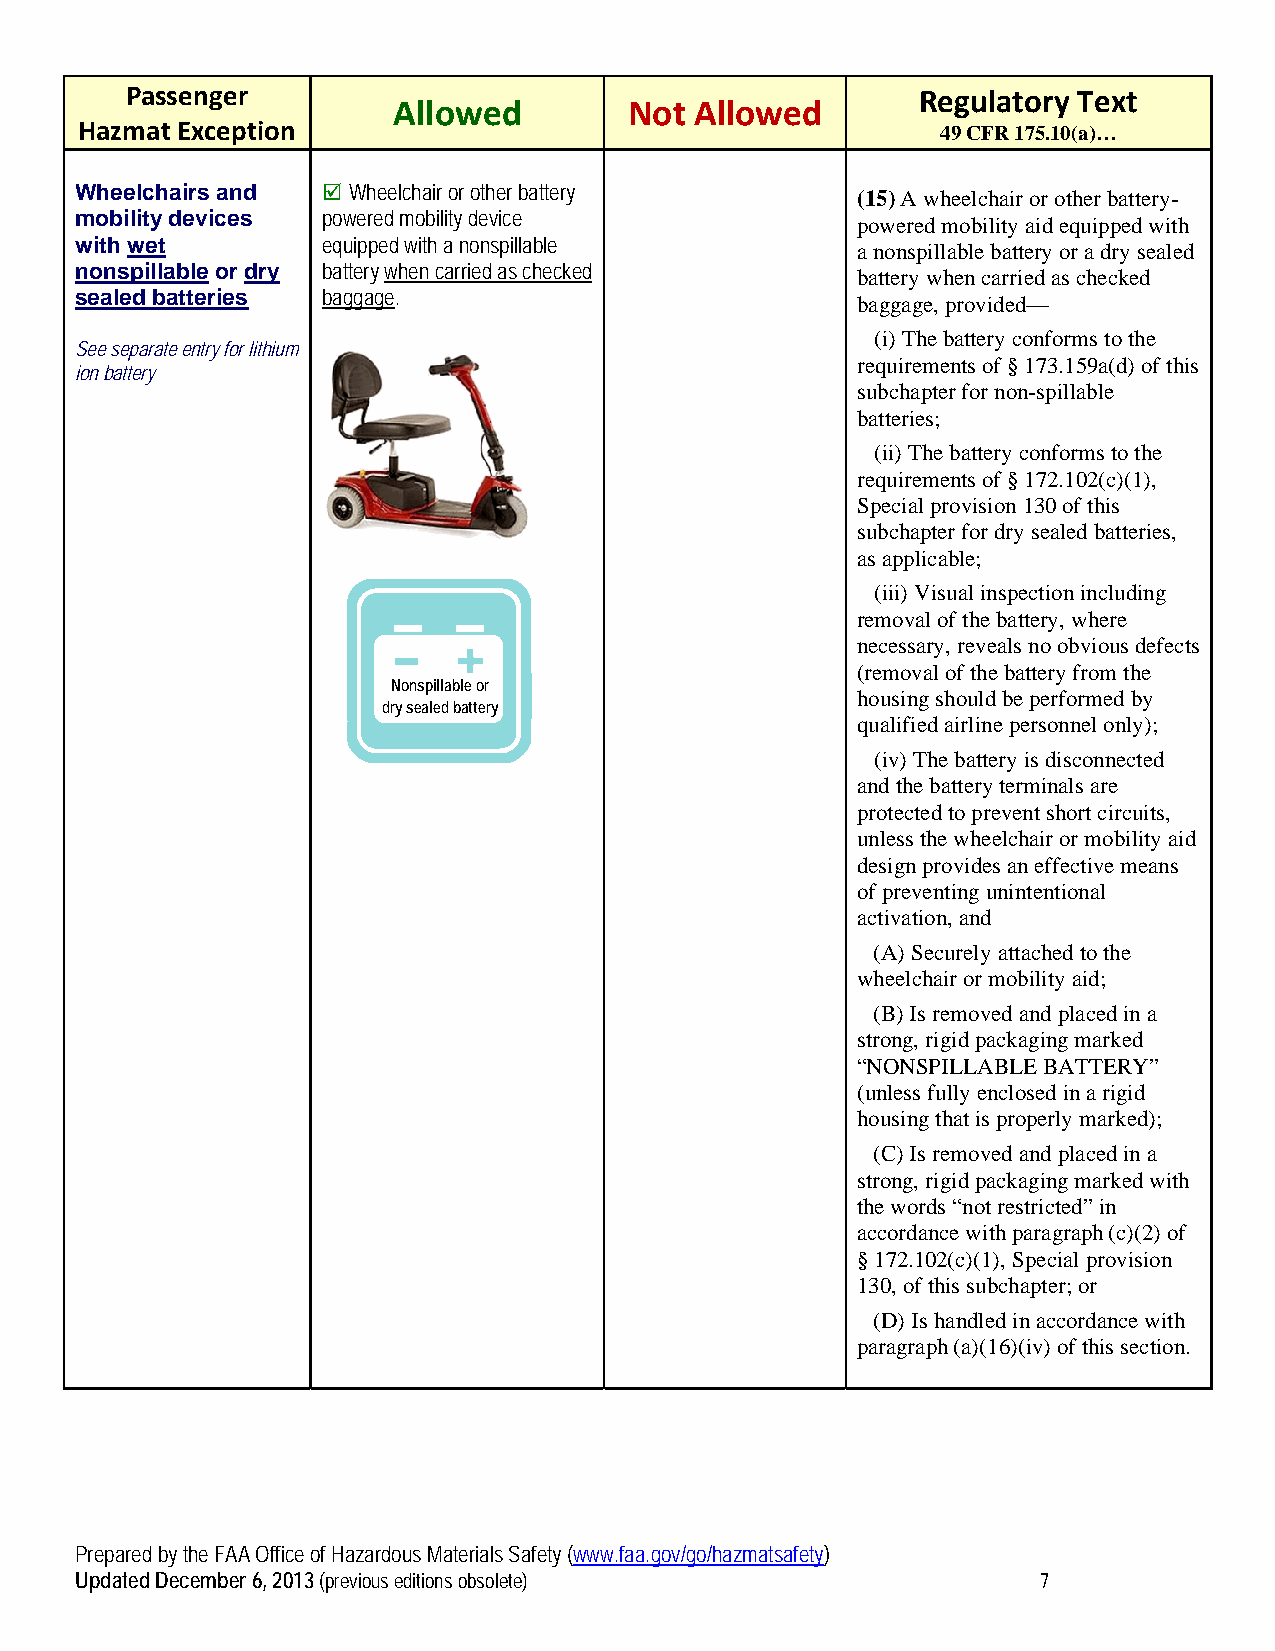
Passenger                                            Regulatory Text
 Allowed         Not Allowed
 Hazmat Exception                                         49 CFR 175.10(a)…
 Wheelchairs and  Wheelchair or other battery
 (15) A wheelchair or other battery-
 mobility devices powered mobility device
 powered mobility aid equipped with
 with wet        equipped with a nonspillable
 a nonspillable battery or a dry sealed
 nonspillable or dry battery when carried as checked
 battery when carried as checked
 sealed batteries baggage.
 baggage, provided—
 (i) The battery conforms to the
 See separate entry for lithium
 requirements of § 173.159a(d) of this
 ion battery
 subchapter for non-spillable
 batteries;
 (ii) The battery conforms to the
 requirements of § 172.102(c)(1),
 Special provision 130 of this
 subchapter for dry sealed batteries,
 as applicable;
 (iii) Visual inspection including
 removal of the battery, where
 necessary, reveals no obvious defects
 (removal of the battery from the
 Nonspillable or
 housing should be performed by
 dry sealed battery
 qualified airline personnel only);
 (iv) The battery is disconnected
 and the battery terminals are
 protected to prevent short circuits,
 unless the wheelchair or mobility aid
 design provides an effective means
 of preventing unintentional
 activation, and
 (A) Securely attached to the
 wheelchair or mobility aid;
 (B) Is removed and placed in a
 strong, rigid packaging marked
 “NONSPILLABLE BATTERY”
 (unless fully enclosed in a rigid
 housing that is properly marked);
 (C) Is removed and placed in a
 strong, rigid packaging marked with
 the words “not restricted” in
 accordance with paragraph (c)(2) of
 § 172.102(c)(1), Special provision
 130, of this subchapter; or
 (D) Is handled in accordance with
 paragraph (a)(16)(iv) of this section.
 Prepared by the FAA Office of Hazardous Materials Safety (www.faa.gov/go/hazmatsafety)
 Updated December 6, 2013 (previous editions obsolete)           7